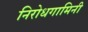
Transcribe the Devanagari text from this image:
निरोधगामिनी